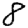
Digit: 8